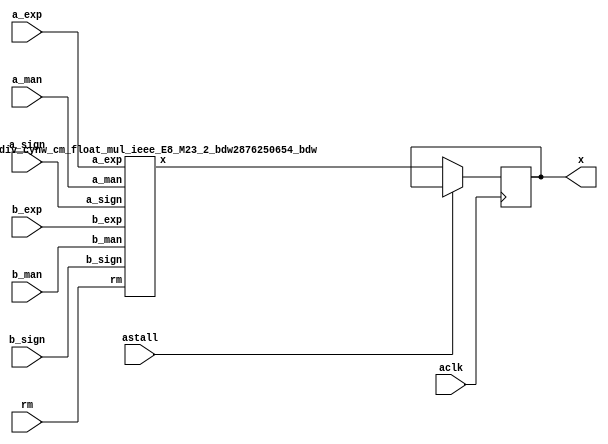
module float_div_cynw_cm_float_mul_ieee_E8_M23_3_0( a_sign, a_exp, a_man, b_sign, b_exp, b_man, rm, x, aclk, astall );
input a_sign;
input [7:0] a_exp;
input [22:0] a_man;
input b_sign;
input [7:0] b_exp;
input [22:0] b_man;
input [2:0] rm;
output [31:0] x;
wire[31:0] x_wire;
input aclk;
input astall;
float_div_cynw_cm_float_mul_ieee_E8_M23_2_bdw2876250654_bdw float_div_cynw_cm_float_mul_ieee_E8_M23_2_inst( .a_sign(a_sign), .a_exp(a_exp), .a_man(a_man), .b_sign(b_sign), .b_exp(b_exp), .b_man(b_man), .rm(rm), .x(x_wire));
reg [31:0] x_reg_0;
/* $A : movable_reg */
always @(posedge aclk) begin
    if ( !astall) x_reg_0 <= x_wire;
end
/* $A : movable_reg = reset */
assign x = x_reg_0;
endmodule
/*****************************************************************************
    Verilog Hierarchical RTL Description
    
    
    Created by: CellMath Designer 2019.1.01 
*******************************************************************************/

module float_div_cynw_cm_float_mul_ieee_E8_M23_2_bdw2876250654_bdw (
	a_sign,
	a_exp,
	a_man,
	b_sign,
	b_exp,
	b_man,
	rm,
	x
	); /* architecture "behavioural" */ 
input  a_sign;
input [7:0] a_exp;
input [22:0] a_man;
input  b_sign;
input [7:0] b_exp;
input [22:0] b_man;
input [2:0] rm;
output [31:0] x;
wire [31:0] inst_cellmath__3;
wire  inst_cellmath__4,
	inst_cellmath__5,
	inst_cellmath__6,
	inst_cellmath__7,
	inst_cellmath__8,
	inst_cellmath__10,
	inst_cellmath__12,
	inst_cellmath__13,
	inst_cellmath__14,
	inst_cellmath__15,
	inst_cellmath__17,
	inst_cellmath__19,
	inst_cellmath__20,
	inst_cellmath__21,
	inst_cellmath__22,
	inst_cellmath__23;
wire [47:0] inst_cellmath__24,
	inst_cellmath__25;
wire  inst_cellmath__26,
	inst_cellmath__27,
	inst_cellmath__28;
wire [9:0] inst_cellmath__30,
	inst_cellmath__31;
wire  inst_cellmath__32,
	inst_cellmath__34,
	inst_cellmath__38,
	inst_cellmath__41,
	inst_cellmath__42,
	inst_cellmath__44;
wire [24:0] inst_cellmath__45;
wire  inst_cellmath__46,
	inst_cellmath__47;
wire [9:0] inst_cellmath__48;
wire  inst_cellmath__49,
	inst_cellmath__51;
wire [7:0] inst_cellmath__52;
wire [22:0] inst_cellmath__53;
wire [23:0] inst_cellmath__24__4,
	inst_cellmath__24__5;
wire [47:0] inst_cellmath__25__7;
wire [0:0] inst_cellmath__26__8,
	inst_cellmath__26__9,
	inst_cellmath__32__11,
	inst_cellmath__44__29,
	inst_cellmath__44__28,
	inst_cellmath__44__30,
	inst_cellmath__44__31,
	inst_cellmath__44__27,
	inst_cellmath__44__26,
	inst_cellmath__44__33,
	inst_cellmath__44__32;
wire [8:0] inst_cellmath__37__40;
wire [0:0] inst_cellmath__37__42,
	inst_cellmath__37__43,
	inst_cellmath__51__49,
	inst_cellmath__51__48,
	inst_cellmath__50__50;
wire [2:0] inst_cellmath__26_0;
wire [1:0] inst_cellmath__5_0;
wire [2:0] inst_cellmath__49_0;
wire [4:0] inst_cellmath__49_1_0;
wire [2:0] inst_cellmath__49_1_1;

assign inst_cellmath__24__4 = {1'B1,a_man};
cynw_cm_float_mul_ieee_inst_cellmath__17_0_bdw2876250654_bdw inst_cellmath__17_0_0(
	.inst_cellmath__17_0_out0(inst_cellmath__17),
	.inst_cellmath__17_0_in0(b_exp)
	) ;
cynw_cm_float_mul_ieee_inst_cellmath__19__2__bdw2876250654_bdw inst_cellmath__19__2__0(
	.inst_cellmath__19__2__out0(inst_cellmath__19),
	.inst_cellmath__19__2__in0(b_man)
	) ;
cynw_cm_float_mul_ieee_inst_cellmath__21_0_bdw2876250654_bdw inst_cellmath__21_0_0(
	.inst_cellmath__21_0_out0(inst_cellmath__21),
	.inst_cellmath__21_0_in0(inst_cellmath__19),
	.inst_cellmath__21_0_in1(inst_cellmath__17)
	) ;
cynw_cm_float_mul_ieee_inst_cellmath__13__1__bdw2876250654_bdw inst_cellmath__13__1__0(
	.inst_cellmath__13__1__out0(inst_cellmath__13),
	.inst_cellmath__13__1__in0(a_exp)
	) ;
cynw_cm_float_mul_ieee_inst_cellmath__26__9__bdw2876250654_bdw inst_cellmath__26__9__0(
	.inst_cellmath__26__9__out0(inst_cellmath__26__9),
	.inst_cellmath__26__9__in0(inst_cellmath__21),
	.inst_cellmath__26__9__in1(inst_cellmath__13)
	) ;
cynw_cm_float_mul_ieee_inst_cellmath__10_0_bdw2876250654_bdw inst_cellmath__10_0_0(
	.inst_cellmath__10_0_out0(inst_cellmath__10),
	.inst_cellmath__10_0_in0(a_exp)
	) ;
cynw_cm_float_mul_ieee_inst_cellmath__12__0__bdw2876250654_bdw inst_cellmath__12__0__0(
	.inst_cellmath__12__0__out0(inst_cellmath__12),
	.inst_cellmath__12__0__in0(a_man)
	) ;
cynw_cm_float_mul_ieee_inst_cellmath__14_0_bdw2876250654_bdw inst_cellmath__14_0_0(
	.inst_cellmath__14_0_out0(inst_cellmath__14),
	.inst_cellmath__14_0_in0(inst_cellmath__12),
	.inst_cellmath__14_0_in1(inst_cellmath__10)
	) ;
cynw_cm_float_mul_ieee_inst_cellmath__20__3__bdw2876250654_bdw inst_cellmath__20__3__0(
	.inst_cellmath__20__3__out0(inst_cellmath__20),
	.inst_cellmath__20__3__in0(b_exp)
	) ;
cynw_cm_float_mul_ieee_inst_cellmath__26__8__bdw2876250654_bdw inst_cellmath__26__8__0(
	.inst_cellmath__26__8__out0(inst_cellmath__26__8),
	.inst_cellmath__26__8__in0(inst_cellmath__20),
	.inst_cellmath__26__8__in1(inst_cellmath__14)
	) ;
cynw_cm_float_mul_ieee_inst_cellmath__15_0_bdw2876250654_bdw inst_cellmath__15_0_0(
	.inst_cellmath__15_0_out0(inst_cellmath__15),
	.inst_cellmath__15_0_in0(inst_cellmath__12),
	.inst_cellmath__15_0_in1(inst_cellmath__10)
	) ;
cynw_cm_float_mul_ieee_inst_cellmath__22_0_bdw2876250654_bdw inst_cellmath__22_0_0(
	.inst_cellmath__22_0_out0(inst_cellmath__22),
	.inst_cellmath__22_0_in0(inst_cellmath__19),
	.inst_cellmath__22_0_in1(inst_cellmath__17)
	) ;
cynw_cm_float_mul_ieee_inst_cellmath__26_1_bdw2876250654_bdw inst_cellmath__26_1_0(
	.inst_cellmath__26_1_out0(inst_cellmath__26),
	.inst_cellmath__26_1_in0(inst_cellmath__26__9),
	.inst_cellmath__26_1_in1(inst_cellmath__26__8),
	.inst_cellmath__26_1_in2(inst_cellmath__22),
	.inst_cellmath__26_1_in3(inst_cellmath__15)
	) ;

assign inst_cellmath__26_0 = {inst_cellmath__26,inst_cellmath__15,inst_cellmath__22};
cynw_cm_float_mul_ieee_inst_cellmath__23_0_bdw2876250654_bdw inst_cellmath__23_0_0(
	.inst_cellmath__23_0_out0(inst_cellmath__23),
	.inst_cellmath__23_0_in0(b_sign),
	.inst_cellmath__23_0_in1(a_sign)
	) ;
cynw_cm_float_mul_ieee_inst_cellmath__41_0_bdw2876250654_bdw inst_cellmath__41_0_0(
	.inst_cellmath__41_0_out0(inst_cellmath__41),
	.inst_cellmath__41_0_in0(inst_cellmath__26),
	.inst_cellmath__41_0_in1(inst_cellmath__23),
	.inst_cellmath__41_0_in2(inst_cellmath__22),
	.inst_cellmath__41_0_in3(inst_cellmath__15),
	.inst_cellmath__41_0_in4(b_sign),
	.inst_cellmath__41_0_in5(a_sign)
	) ;

assign inst_cellmath__24__5 = {1'B1,b_man};
cynw_cm_float_mul_ieee_inst_cellmath__24_0_bdw2876250654_bdw inst_cellmath__24_0_0(
	.inst_cellmath__24_0_out0(inst_cellmath__24),
	.inst_cellmath__24_0_in0(b_man),
	.inst_cellmath__24_0_in1(a_man)
	) ;

assign inst_cellmath__25__7 = {inst_cellmath__24[46:0],1'B0};
cynw_cm_float_mul_ieee_inst_cellmath__25_0_bdw2876250654_bdw inst_cellmath__25_0_0(
	.inst_cellmath__25_0_out0(inst_cellmath__25),
	.inst_cellmath__25_0_in0(inst_cellmath__24)
	) ;
cynw_cm_float_mul_ieee_inst_cellmath__45_0_bdw2876250654_bdw inst_cellmath__45_0_0(
	.inst_cellmath__45_0_out0(inst_cellmath__45),
	.inst_cellmath__45_0_in0(inst_cellmath__25[47:24])
	) ;
cynw_cm_float_mul_ieee_inst_cellmath__5_1_bdw2876250654_bdw inst_cellmath__5_1_0(
	.inst_cellmath__5_1_out0(inst_cellmath__5),
	.inst_cellmath__5_1_in0(rm)
	) ;
cynw_cm_float_mul_ieee_inst_cellmath__44__31__bdw2876250654_bdw inst_cellmath__44__31__0(
	.inst_cellmath__44__31__out0(inst_cellmath__44__31),
	.inst_cellmath__44__31__in0(inst_cellmath__5),
	.inst_cellmath__44__31__in1(inst_cellmath__23)
	) ;
cynw_cm_float_mul_ieee_inst_cellmath__6_0_bdw2876250654_bdw inst_cellmath__6_0_0(
	.inst_cellmath__6_0_out0(inst_cellmath__6),
	.inst_cellmath__6_0_in0(rm)
	) ;
cynw_cm_float_mul_ieee_inst_cellmath__44__30__bdw2876250654_bdw inst_cellmath__44__30__0(
	.inst_cellmath__44__30__out0(inst_cellmath__44__30),
	.inst_cellmath__44__30__in0(inst_cellmath__6),
	.inst_cellmath__44__30__in1(inst_cellmath__23)
	) ;
cynw_cm_float_mul_ieee_inst_cellmath__8_0_bdw2876250654_bdw inst_cellmath__8_0_0(
	.inst_cellmath__8_0_out0(inst_cellmath__8),
	.inst_cellmath__8_0_in0(rm)
	) ;
cynw_cm_float_mul_ieee_inst_cellmath__4_0_bdw2876250654_bdw inst_cellmath__4_0_0(
	.inst_cellmath__4_0_out0(inst_cellmath__4),
	.inst_cellmath__4_0_in0(rm)
	) ;
cynw_cm_float_mul_ieee_inst_cellmath__34_0_bdw2876250654_bdw inst_cellmath__34_0_0(
	.inst_cellmath__34_0_out0(inst_cellmath__34),
	.inst_cellmath__34_0_in0(inst_cellmath__25[22:0])
	) ;
cynw_cm_float_mul_ieee_inst_cellmath__44__29__bdw2876250654_bdw inst_cellmath__44__29__0(
	.inst_cellmath__44__29__out0(inst_cellmath__44__29),
	.inst_cellmath__44__29__in0(inst_cellmath__34),
	.inst_cellmath__44__29__in1(inst_cellmath__25[24])
	) ;
cynw_cm_float_mul_ieee_inst_cellmath__44__28__bdw2876250654_bdw inst_cellmath__44__28__0(
	.inst_cellmath__44__28__out0(inst_cellmath__44__28),
	.inst_cellmath__44__28__in0(inst_cellmath__44__29),
	.inst_cellmath__44__28__in1(inst_cellmath__4)
	) ;
cynw_cm_float_mul_ieee_inst_cellmath__44__27__bdw2876250654_bdw inst_cellmath__44__27__0(
	.inst_cellmath__44__27__out0(inst_cellmath__44__27),
	.inst_cellmath__44__27__in0(inst_cellmath__8),
	.inst_cellmath__44__27__in1(inst_cellmath__44__31),
	.inst_cellmath__44__27__in2(inst_cellmath__44__30),
	.inst_cellmath__44__27__in3(inst_cellmath__44__28)
	) ;
cynw_cm_float_mul_ieee_inst_cellmath__44__26__bdw2876250654_bdw inst_cellmath__44__26__0(
	.inst_cellmath__44__26__out0(inst_cellmath__44__26),
	.inst_cellmath__44__26__in0(inst_cellmath__44__27),
	.inst_cellmath__44__26__in1(inst_cellmath__25[23])
	) ;
cynw_cm_float_mul_ieee_inst_cellmath__44__33__bdw2876250654_bdw inst_cellmath__44__33__0(
	.inst_cellmath__44__33__out0(inst_cellmath__44__33),
	.inst_cellmath__44__33__in0(inst_cellmath__44__31),
	.inst_cellmath__44__33__in1(inst_cellmath__44__30)
	) ;
cynw_cm_float_mul_ieee_inst_cellmath__44__32__bdw2876250654_bdw inst_cellmath__44__32__0(
	.inst_cellmath__44__32__out0(inst_cellmath__44__32),
	.inst_cellmath__44__32__in0(inst_cellmath__44__33),
	.inst_cellmath__44__32__in1(inst_cellmath__34)
	) ;
cynw_cm_float_mul_ieee_inst_cellmath__44_0_bdw2876250654_bdw inst_cellmath__44_0_0(
	.inst_cellmath__44_0_out0(inst_cellmath__44),
	.inst_cellmath__44_0_in0(inst_cellmath__44__32),
	.inst_cellmath__44_0_in1(inst_cellmath__44__26)
	) ;
cynw_cm_float_mul_ieee_inst_cellmath__46_0_bdw2876250654_bdw inst_cellmath__46_0_0(
	.inst_cellmath__46_0_out0(inst_cellmath__46),
	.inst_cellmath__46_0_in0(inst_cellmath__45[24]),
	.inst_cellmath__46_0_in1(inst_cellmath__44)
	) ;
cynw_cm_float_mul_ieee_inst_cellmath__38_0_bdw2876250654_bdw inst_cellmath__38_0_0(
	.inst_cellmath__38_0_out0(inst_cellmath__38),
	.inst_cellmath__38_0_in0(inst_cellmath__46),
	.inst_cellmath__38_0_in1(inst_cellmath__24[47])
	) ;
cynw_cm_float_mul_ieee_inst_cellmath__30_0_bdw2876250654_bdw inst_cellmath__30_0_0(
	.inst_cellmath__30_0_out0(inst_cellmath__30),
	.inst_cellmath__30_0_in0(b_exp),
	.inst_cellmath__30_0_in1(a_exp)
	) ;
cynw_cm_float_mul_ieee_inst_cellmath__31_0_bdw2876250654_bdw inst_cellmath__31_0_0(
	.inst_cellmath__31_0_out0(inst_cellmath__31),
	.inst_cellmath__31_0_in0(inst_cellmath__30)
	) ;
cynw_cm_float_mul_ieee_inst_cellmath__48_0_bdw2876250654_bdw inst_cellmath__48_0_0(
	.inst_cellmath__48_0_out0(inst_cellmath__48),
	.inst_cellmath__48_0_in0(inst_cellmath__38),
	.inst_cellmath__48_0_in1(inst_cellmath__31),
	.inst_cellmath__48_0_in2(inst_cellmath__30)
	) ;
cynw_cm_float_mul_ieee_inst_cellmath__51__49__bdw2876250654_bdw inst_cellmath__51__49__0(
	.inst_cellmath__51__49__out0(inst_cellmath__51__49),
	.inst_cellmath__51__49__in0(inst_cellmath__48[7:0])
	) ;
cynw_cm_float_mul_ieee_inst_cellmath__51__48__bdw2876250654_bdw inst_cellmath__51__48__0(
	.inst_cellmath__51__48__out0(inst_cellmath__51__48),
	.inst_cellmath__51__48__in0(inst_cellmath__51__49),
	.inst_cellmath__51__48__in1(inst_cellmath__48[8])
	) ;
cynw_cm_float_mul_ieee_inst_cellmath__51_0_bdw2876250654_bdw inst_cellmath__51_0_0(
	.inst_cellmath__51_0_out0(inst_cellmath__51),
	.inst_cellmath__51_0_in0(inst_cellmath__51__48),
	.inst_cellmath__51_0_in1(inst_cellmath__48[9])
	) ;
cynw_cm_float_mul_ieee_inst_cellmath__28_0_bdw2876250654_bdw inst_cellmath__28_0_0(
	.inst_cellmath__28_0_out0(inst_cellmath__28),
	.inst_cellmath__28_0_in0(inst_cellmath__20),
	.inst_cellmath__28_0_in1(inst_cellmath__13)
	) ;
cynw_cm_float_mul_ieee_inst_cellmath__27_0_bdw2876250654_bdw inst_cellmath__27_0_0(
	.inst_cellmath__27_0_out0(inst_cellmath__27),
	.inst_cellmath__27_0_in0(inst_cellmath__21),
	.inst_cellmath__27_0_in1(inst_cellmath__14)
	) ;
cynw_cm_float_mul_ieee_inst_cellmath__50__50__bdw2876250654_bdw inst_cellmath__50__50__0(
	.inst_cellmath__50__50__out0(inst_cellmath__50__50),
	.inst_cellmath__50__50__in0(inst_cellmath__48)
	) ;
cynw_cm_float_mul_ieee_inst_cellmath__49_1_bdw2876250654_bdw inst_cellmath__49_1_2(
	.inst_cellmath__49_1_out0(inst_cellmath__49),
	.inst_cellmath__49_1_in0(inst_cellmath__51),
	.inst_cellmath__49_1_in1(inst_cellmath__50__50),
	.inst_cellmath__49_1_in2(inst_cellmath__48[9]),
	.inst_cellmath__49_1_in3(inst_cellmath__28),
	.inst_cellmath__49_1_in4(inst_cellmath__27),
	.inst_cellmath__49_1_in5(inst_cellmath__26)
	) ;
cynw_cm_float_mul_ieee_inst_cellmath__37__43__bdw2876250654_bdw inst_cellmath__37__43__0(
	.inst_cellmath__37__43__out0(inst_cellmath__37__43),
	.inst_cellmath__37__43__in0(inst_cellmath__27),
	.inst_cellmath__37__43__in1(inst_cellmath__26)
	) ;
cynw_cm_float_mul_ieee_inst_cellmath__32__11__bdw2876250654_bdw inst_cellmath__32__11__0(
	.inst_cellmath__32__11__out0(inst_cellmath__32__11),
	.inst_cellmath__32__11__in0(inst_cellmath__30[8:7])
	) ;
cynw_cm_float_mul_ieee_inst_cellmath__32__10__bdw2876250654_bdw inst_cellmath__32__10__0(
	.inst_cellmath__32__10__out0(inst_cellmath__32),
	.inst_cellmath__32__10__in0(inst_cellmath__32__11),
	.inst_cellmath__32__10__in1(inst_cellmath__30[9])
	) ;
cynw_cm_float_mul_ieee_inst_cellmath__37__42__bdw2876250654_bdw inst_cellmath__37__42__0(
	.inst_cellmath__37__42__out0(inst_cellmath__37__42),
	.inst_cellmath__37__42__in0(inst_cellmath__32),
	.inst_cellmath__37__42__in1(inst_cellmath__28)
	) ;

assign inst_cellmath__49_0 = {inst_cellmath__49,inst_cellmath__37__43,inst_cellmath__37__42};

assign inst_cellmath__5_0 = {inst_cellmath__5,inst_cellmath__6};
cynw_cm_float_mul_ieee_inst_cellmath__7_0_bdw2876250654_bdw inst_cellmath__7_0_0(
	.inst_cellmath__7_0_out0(inst_cellmath__7),
	.inst_cellmath__7_0_in0(rm)
	) ;
cynw_cm_float_mul_ieee_inst_cellmath__42_0_bdw2876250654_bdw inst_cellmath__42_0_0(
	.inst_cellmath__42_0_out0(inst_cellmath__42),
	.inst_cellmath__42_0_in0(inst_cellmath__7),
	.inst_cellmath__42_0_in1(inst_cellmath__6),
	.inst_cellmath__42_0_in2(inst_cellmath__5),
	.inst_cellmath__42_0_in3(inst_cellmath__23)
	) ;

assign inst_cellmath__37__40[7:0] = {7'B1111111,inst_cellmath__42};
cynw_cm_float_mul_ieee_inst_cellmath__52_0_bdw2876250654_bdw inst_cellmath__52_0_0(
	.inst_cellmath__52_0_out0(inst_cellmath__52),
	.inst_cellmath__52_0_in0(inst_cellmath__49),
	.inst_cellmath__52_0_in1(inst_cellmath__48[7:0]),
	.inst_cellmath__52_0_in2(inst_cellmath__42),
	.inst_cellmath__52_0_in3(inst_cellmath__37__43),
	.inst_cellmath__52_0_in4(inst_cellmath__37__42)
	) ;

assign inst_cellmath__49_1_1 = {inst_cellmath__49,inst_cellmath__44,inst_cellmath__26};
cynw_cm_float_mul_ieee_inst_cellmath__47_0_bdw2876250654_bdw inst_cellmath__47_0_0(
	.inst_cellmath__47_0_out0(inst_cellmath__47),
	.inst_cellmath__47_0_in0(inst_cellmath__42),
	.inst_cellmath__47_0_in1(inst_cellmath__32),
	.inst_cellmath__47_0_in2(inst_cellmath__28),
	.inst_cellmath__47_0_in3(inst_cellmath__27),
	.inst_cellmath__47_0_in4(inst_cellmath__26)
	) ;
cynw_cm_float_mul_ieee_inst_cellmath__53_U_bdw2876250654_bdw inst_cellmath__53_U_0(
	.inst_cellmath__53_U_out0(inst_cellmath__53[22]),
	.inst_cellmath__53_U_in0(inst_cellmath__49),
	.inst_cellmath__53_U_in1(inst_cellmath__47),
	.inst_cellmath__53_U_in2(inst_cellmath__45[22]),
	.inst_cellmath__53_U_in3(inst_cellmath__44),
	.inst_cellmath__53_U_in4(inst_cellmath__26),
	.inst_cellmath__53_U_in5(inst_cellmath__25[46])
	) ;

assign inst_cellmath__49_1_0 = {inst_cellmath__49,inst_cellmath__44,inst_cellmath__26,inst_cellmath__15,inst_cellmath__22};
cynw_cm_float_mul_ieee_inst_cellmath__53_M_bdw2876250654_bdw inst_cellmath__53_M_0(
	.inst_cellmath__53_M_out0(inst_cellmath__53[21:0]),
	.inst_cellmath__53_M_in0(inst_cellmath__49),
	.inst_cellmath__53_M_in1(inst_cellmath__47),
	.inst_cellmath__53_M_in2(inst_cellmath__45[21:0]),
	.inst_cellmath__53_M_in3(inst_cellmath__44),
	.inst_cellmath__53_M_in4(inst_cellmath__26),
	.inst_cellmath__53_M_in5(inst_cellmath__25[45:24]),
	.inst_cellmath__53_M_in6(inst_cellmath__22),
	.inst_cellmath__53_M_in7(inst_cellmath__15),
	.inst_cellmath__53_M_in8(b_man[21:0]),
	.inst_cellmath__53_M_in9(a_man[21:0])
	) ;

assign inst_cellmath__3 = {inst_cellmath__41,inst_cellmath__52,inst_cellmath__53};

assign x = inst_cellmath__3;
endmodule

module cynw_cm_float_mul_ieee_inst_cellmath__17_0_bdw2876250654_bdw (
	inst_cellmath__17_0_out0,
	inst_cellmath__17_0_in0
	); /* architecture "behavioural" */ 
output  inst_cellmath__17_0_out0;
input [7:0] inst_cellmath__17_0_in0;

assign inst_cellmath__17_0_out0 = 
	(inst_cellmath__17_0_in0[0])
	&(inst_cellmath__17_0_in0[1])
	&(inst_cellmath__17_0_in0[2])
	&(inst_cellmath__17_0_in0[3])
	&(inst_cellmath__17_0_in0[4])
	&(inst_cellmath__17_0_in0[5])
	&(inst_cellmath__17_0_in0[6])
	&(inst_cellmath__17_0_in0[7]);
endmodule

module cynw_cm_float_mul_ieee_inst_cellmath__19__2__bdw2876250654_bdw (
	inst_cellmath__19__2__out0,
	inst_cellmath__19__2__in0
	); /* architecture "behavioural" */ 
output  inst_cellmath__19__2__out0;
input [22:0] inst_cellmath__19__2__in0;

assign inst_cellmath__19__2__out0 = ~(
	(inst_cellmath__19__2__in0[0])
	|(inst_cellmath__19__2__in0[1])
	|(inst_cellmath__19__2__in0[2])
	|(inst_cellmath__19__2__in0[3])
	|(inst_cellmath__19__2__in0[4])
	|(inst_cellmath__19__2__in0[5])
	|(inst_cellmath__19__2__in0[6])
	|(inst_cellmath__19__2__in0[7])
	|(inst_cellmath__19__2__in0[8])
	|(inst_cellmath__19__2__in0[9])
	|(inst_cellmath__19__2__in0[10])
	|(inst_cellmath__19__2__in0[11])
	|(inst_cellmath__19__2__in0[12])
	|(inst_cellmath__19__2__in0[13])
	|(inst_cellmath__19__2__in0[14])
	|(inst_cellmath__19__2__in0[15])
	|(inst_cellmath__19__2__in0[16])
	|(inst_cellmath__19__2__in0[17])
	|(inst_cellmath__19__2__in0[18])
	|(inst_cellmath__19__2__in0[19])
	|(inst_cellmath__19__2__in0[20])
	|(inst_cellmath__19__2__in0[21])
	|(inst_cellmath__19__2__in0[22]));
endmodule

module cynw_cm_float_mul_ieee_inst_cellmath__21_0_bdw2876250654_bdw (
	inst_cellmath__21_0_out0,
	inst_cellmath__21_0_in0,
	inst_cellmath__21_0_in1
	); /* architecture "behavioural" */ 
output  inst_cellmath__21_0_out0;
input  inst_cellmath__21_0_in0,
	inst_cellmath__21_0_in1;

assign inst_cellmath__21_0_out0 = 
	(inst_cellmath__21_0_in1)
	&(inst_cellmath__21_0_in0);
endmodule

module cynw_cm_float_mul_ieee_inst_cellmath__13__1__bdw2876250654_bdw (
	inst_cellmath__13__1__out0,
	inst_cellmath__13__1__in0
	); /* architecture "behavioural" */ 
output  inst_cellmath__13__1__out0;
input [7:0] inst_cellmath__13__1__in0;

assign inst_cellmath__13__1__out0 = ~(
	(inst_cellmath__13__1__in0[0])
	|(inst_cellmath__13__1__in0[1])
	|(inst_cellmath__13__1__in0[2])
	|(inst_cellmath__13__1__in0[3])
	|(inst_cellmath__13__1__in0[4])
	|(inst_cellmath__13__1__in0[5])
	|(inst_cellmath__13__1__in0[6])
	|(inst_cellmath__13__1__in0[7]));
endmodule

module cynw_cm_float_mul_ieee_inst_cellmath__26__9__bdw2876250654_bdw (
	inst_cellmath__26__9__out0,
	inst_cellmath__26__9__in0,
	inst_cellmath__26__9__in1
	); /* architecture "behavioural" */ 
output [0:0] inst_cellmath__26__9__out0;
input  inst_cellmath__26__9__in0,
	inst_cellmath__26__9__in1;

assign inst_cellmath__26__9__out0 = 
	(inst_cellmath__26__9__in0)
	&(inst_cellmath__26__9__in1);
endmodule

module cynw_cm_float_mul_ieee_inst_cellmath__10_0_bdw2876250654_bdw (
	inst_cellmath__10_0_out0,
	inst_cellmath__10_0_in0
	); /* architecture "behavioural" */ 
output  inst_cellmath__10_0_out0;
input [7:0] inst_cellmath__10_0_in0;

assign inst_cellmath__10_0_out0 = 
	(inst_cellmath__10_0_in0[0])
	&(inst_cellmath__10_0_in0[1])
	&(inst_cellmath__10_0_in0[2])
	&(inst_cellmath__10_0_in0[3])
	&(inst_cellmath__10_0_in0[4])
	&(inst_cellmath__10_0_in0[5])
	&(inst_cellmath__10_0_in0[6])
	&(inst_cellmath__10_0_in0[7]);
endmodule

module cynw_cm_float_mul_ieee_inst_cellmath__12__0__bdw2876250654_bdw (
	inst_cellmath__12__0__out0,
	inst_cellmath__12__0__in0
	); /* architecture "behavioural" */ 
output  inst_cellmath__12__0__out0;
input [22:0] inst_cellmath__12__0__in0;

assign inst_cellmath__12__0__out0 = ~(
	(inst_cellmath__12__0__in0[0])
	|(inst_cellmath__12__0__in0[1])
	|(inst_cellmath__12__0__in0[2])
	|(inst_cellmath__12__0__in0[3])
	|(inst_cellmath__12__0__in0[4])
	|(inst_cellmath__12__0__in0[5])
	|(inst_cellmath__12__0__in0[6])
	|(inst_cellmath__12__0__in0[7])
	|(inst_cellmath__12__0__in0[8])
	|(inst_cellmath__12__0__in0[9])
	|(inst_cellmath__12__0__in0[10])
	|(inst_cellmath__12__0__in0[11])
	|(inst_cellmath__12__0__in0[12])
	|(inst_cellmath__12__0__in0[13])
	|(inst_cellmath__12__0__in0[14])
	|(inst_cellmath__12__0__in0[15])
	|(inst_cellmath__12__0__in0[16])
	|(inst_cellmath__12__0__in0[17])
	|(inst_cellmath__12__0__in0[18])
	|(inst_cellmath__12__0__in0[19])
	|(inst_cellmath__12__0__in0[20])
	|(inst_cellmath__12__0__in0[21])
	|(inst_cellmath__12__0__in0[22]));
endmodule

module cynw_cm_float_mul_ieee_inst_cellmath__14_0_bdw2876250654_bdw (
	inst_cellmath__14_0_out0,
	inst_cellmath__14_0_in0,
	inst_cellmath__14_0_in1
	); /* architecture "behavioural" */ 
output  inst_cellmath__14_0_out0;
input  inst_cellmath__14_0_in0,
	inst_cellmath__14_0_in1;

assign inst_cellmath__14_0_out0 = 
	(inst_cellmath__14_0_in1)
	&(inst_cellmath__14_0_in0);
endmodule

module cynw_cm_float_mul_ieee_inst_cellmath__20__3__bdw2876250654_bdw (
	inst_cellmath__20__3__out0,
	inst_cellmath__20__3__in0
	); /* architecture "behavioural" */ 
output  inst_cellmath__20__3__out0;
input [7:0] inst_cellmath__20__3__in0;

assign inst_cellmath__20__3__out0 = ~(
	(inst_cellmath__20__3__in0[0])
	|(inst_cellmath__20__3__in0[1])
	|(inst_cellmath__20__3__in0[2])
	|(inst_cellmath__20__3__in0[3])
	|(inst_cellmath__20__3__in0[4])
	|(inst_cellmath__20__3__in0[5])
	|(inst_cellmath__20__3__in0[6])
	|(inst_cellmath__20__3__in0[7]));
endmodule

module cynw_cm_float_mul_ieee_inst_cellmath__26__8__bdw2876250654_bdw (
	inst_cellmath__26__8__out0,
	inst_cellmath__26__8__in0,
	inst_cellmath__26__8__in1
	); /* architecture "behavioural" */ 
output [0:0] inst_cellmath__26__8__out0;
input  inst_cellmath__26__8__in0,
	inst_cellmath__26__8__in1;

assign inst_cellmath__26__8__out0 = 
	(inst_cellmath__26__8__in1)
	&(inst_cellmath__26__8__in0);
endmodule

module cynw_cm_float_mul_ieee_inst_cellmath__15_0_bdw2876250654_bdw (
	inst_cellmath__15_0_out0,
	inst_cellmath__15_0_in0,
	inst_cellmath__15_0_in1
	); /* architecture "behavioural" */ 
output  inst_cellmath__15_0_out0;
input  inst_cellmath__15_0_in0,
	inst_cellmath__15_0_in1;

assign inst_cellmath__15_0_out0 = 
	(inst_cellmath__15_0_in1)
	&((~inst_cellmath__15_0_in0));
endmodule

module cynw_cm_float_mul_ieee_inst_cellmath__22_0_bdw2876250654_bdw (
	inst_cellmath__22_0_out0,
	inst_cellmath__22_0_in0,
	inst_cellmath__22_0_in1
	); /* architecture "behavioural" */ 
output  inst_cellmath__22_0_out0;
input  inst_cellmath__22_0_in0,
	inst_cellmath__22_0_in1;

assign inst_cellmath__22_0_out0 = 
	(inst_cellmath__22_0_in1)
	&((~inst_cellmath__22_0_in0));
endmodule

module cynw_cm_float_mul_ieee_inst_cellmath__26_1_bdw2876250654_bdw (
	inst_cellmath__26_1_out0,
	inst_cellmath__26_1_in0,
	inst_cellmath__26_1_in1,
	inst_cellmath__26_1_in2,
	inst_cellmath__26_1_in3
	); /* architecture "behavioural" */ 
output  inst_cellmath__26_1_out0;
input [0:0] inst_cellmath__26_1_in0,
	inst_cellmath__26_1_in1;
input  inst_cellmath__26_1_in2,
	inst_cellmath__26_1_in3;

assign inst_cellmath__26_1_out0 = 
	(inst_cellmath__26_1_in0)
	|(inst_cellmath__26_1_in1)
	|(inst_cellmath__26_1_in3)
	|(inst_cellmath__26_1_in2);
endmodule

module cynw_cm_float_mul_ieee_inst_cellmath__23_0_bdw2876250654_bdw (
	inst_cellmath__23_0_out0,
	inst_cellmath__23_0_in0,
	inst_cellmath__23_0_in1
	); /* architecture "behavioural" */ 
output  inst_cellmath__23_0_out0;
input  inst_cellmath__23_0_in0,
	inst_cellmath__23_0_in1;

assign inst_cellmath__23_0_out0 = 
	(inst_cellmath__23_0_in1)
	^(inst_cellmath__23_0_in0);
endmodule

module cynw_cm_float_mul_ieee_inst_cellmath__41_0_bdw2876250654_bdw (
	inst_cellmath__41_0_out0,
	inst_cellmath__41_0_in0,
	inst_cellmath__41_0_in1,
	inst_cellmath__41_0_in2,
	inst_cellmath__41_0_in3,
	inst_cellmath__41_0_in4,
	inst_cellmath__41_0_in5
	); /* architecture "behavioural" */ 
output  inst_cellmath__41_0_out0;
input  inst_cellmath__41_0_in0,
	inst_cellmath__41_0_in1,
	inst_cellmath__41_0_in2,
	inst_cellmath__41_0_in3,
	inst_cellmath__41_0_in4,
	inst_cellmath__41_0_in5;
wire [2:0] inst_cellmath__26_0;

assign inst_cellmath__26_0 = {inst_cellmath__41_0_in0,inst_cellmath__41_0_in3,inst_cellmath__41_0_in2};

reg [0:0] inst_cellmath__41_0_out0_tmp_0;
assign inst_cellmath__41_0_out0 = inst_cellmath__41_0_out0_tmp_0;
always @ (inst_cellmath__26_0 or inst_cellmath__41_0_in1 or inst_cellmath__41_0_in4 or inst_cellmath__41_0_in5) begin
	casez (inst_cellmath__26_0)
		3'B0?? : inst_cellmath__41_0_out0_tmp_0 = inst_cellmath__41_0_in1 ;
		3'B100 : inst_cellmath__41_0_out0_tmp_0 = 1'B1 ;
		3'B101 : inst_cellmath__41_0_out0_tmp_0 = inst_cellmath__41_0_in4 ;
		default : inst_cellmath__41_0_out0_tmp_0 = inst_cellmath__41_0_in5 ;
	endcase
end
endmodule

module cynw_cm_float_mul_ieee_inst_cellmath__24_0_bdw2876250654_bdw (
	inst_cellmath__24_0_out0,
	inst_cellmath__24_0_in0,
	inst_cellmath__24_0_in1
	); /* architecture "behavioural" */ 
output [47:0] inst_cellmath__24_0_out0;
input [22:0] inst_cellmath__24_0_in0,
	inst_cellmath__24_0_in1;
wire [23:0] inst_cellmath__24__4,
	inst_cellmath__24__5;

assign inst_cellmath__24__4 = {1'B1,inst_cellmath__24_0_in1};

assign inst_cellmath__24__5 = {1'B1,inst_cellmath__24_0_in0};

assign inst_cellmath__24_0_out0 = 
	+(inst_cellmath__24__4 * inst_cellmath__24__5);
endmodule

module cynw_cm_float_mul_ieee_inst_cellmath__25_0_bdw2876250654_bdw (
	inst_cellmath__25_0_out0,
	inst_cellmath__25_0_in0
	); /* architecture "behavioural" */ 
output [47:0] inst_cellmath__25_0_out0;
input [47:0] inst_cellmath__25_0_in0;
wire [47:0] inst_cellmath__25__7;

assign inst_cellmath__25__7 = {inst_cellmath__25_0_in0[46:0],1'B0};

reg [47:0] inst_cellmath__25_0_out0_tmp_0;
assign inst_cellmath__25_0_out0 = inst_cellmath__25_0_out0_tmp_0;
always @ (inst_cellmath__25_0_in0[47] or inst_cellmath__25__7 or inst_cellmath__25_0_in0) begin
	case (inst_cellmath__25_0_in0[47])
		1'B0 : inst_cellmath__25_0_out0_tmp_0 = inst_cellmath__25__7 ;
		default : inst_cellmath__25_0_out0_tmp_0 = inst_cellmath__25_0_in0 ;
	endcase
end
endmodule

module cynw_cm_float_mul_ieee_inst_cellmath__45_0_bdw2876250654_bdw (
	inst_cellmath__45_0_out0,
	inst_cellmath__45_0_in0
	); /* architecture "behavioural" */ 
output [24:0] inst_cellmath__45_0_out0;
input [47:24] inst_cellmath__45_0_in0;

assign inst_cellmath__45_0_out0 = 
	+(inst_cellmath__45_0_in0)
	+(25'B0000000000000000000000001);
endmodule

module cynw_cm_float_mul_ieee_inst_cellmath__5_1_bdw2876250654_bdw (
	inst_cellmath__5_1_out0,
	inst_cellmath__5_1_in0
	); /* architecture "behavioural" */ 
output  inst_cellmath__5_1_out0;
input [2:0] inst_cellmath__5_1_in0;

assign inst_cellmath__5_1_out0 = (6'B000000==(inst_cellmath__5_1_in0 - 6'B000001));
endmodule

module cynw_cm_float_mul_ieee_inst_cellmath__44__31__bdw2876250654_bdw (
	inst_cellmath__44__31__out0,
	inst_cellmath__44__31__in0,
	inst_cellmath__44__31__in1
	); /* architecture "behavioural" */ 
output [0:0] inst_cellmath__44__31__out0;
input  inst_cellmath__44__31__in0,
	inst_cellmath__44__31__in1;

assign inst_cellmath__44__31__out0 = 
	(inst_cellmath__44__31__in0)
	&((~inst_cellmath__44__31__in1));
endmodule

module cynw_cm_float_mul_ieee_inst_cellmath__6_0_bdw2876250654_bdw (
	inst_cellmath__6_0_out0,
	inst_cellmath__6_0_in0
	); /* architecture "behavioural" */ 
output  inst_cellmath__6_0_out0;
input [2:0] inst_cellmath__6_0_in0;

assign inst_cellmath__6_0_out0 = (7'B0000001==(inst_cellmath__6_0_in0 - 7'B0000001));
endmodule

module cynw_cm_float_mul_ieee_inst_cellmath__44__30__bdw2876250654_bdw (
	inst_cellmath__44__30__out0,
	inst_cellmath__44__30__in0,
	inst_cellmath__44__30__in1
	); /* architecture "behavioural" */ 
output [0:0] inst_cellmath__44__30__out0;
input  inst_cellmath__44__30__in0,
	inst_cellmath__44__30__in1;

assign inst_cellmath__44__30__out0 = 
	(inst_cellmath__44__30__in0)
	&(inst_cellmath__44__30__in1);
endmodule

module cynw_cm_float_mul_ieee_inst_cellmath__8_0_bdw2876250654_bdw (
	inst_cellmath__8_0_out0,
	inst_cellmath__8_0_in0
	); /* architecture "behavioural" */ 
output  inst_cellmath__8_0_out0;
input [2:0] inst_cellmath__8_0_in0;

assign inst_cellmath__8_0_out0 = (7'B0000011==(inst_cellmath__8_0_in0 - 7'B0000001));
endmodule

module cynw_cm_float_mul_ieee_inst_cellmath__4_0_bdw2876250654_bdw (
	inst_cellmath__4_0_out0,
	inst_cellmath__4_0_in0
	); /* architecture "behavioural" */ 
output  inst_cellmath__4_0_out0;
input [2:0] inst_cellmath__4_0_in0;

assign inst_cellmath__4_0_out0 = (7'B0000000==inst_cellmath__4_0_in0);
endmodule

module cynw_cm_float_mul_ieee_inst_cellmath__34_0_bdw2876250654_bdw (
	inst_cellmath__34_0_out0,
	inst_cellmath__34_0_in0
	); /* architecture "behavioural" */ 
output  inst_cellmath__34_0_out0;
input [22:0] inst_cellmath__34_0_in0;

assign inst_cellmath__34_0_out0 = 
	(inst_cellmath__34_0_in0[0])
	|(inst_cellmath__34_0_in0[1])
	|(inst_cellmath__34_0_in0[2])
	|(inst_cellmath__34_0_in0[3])
	|(inst_cellmath__34_0_in0[4])
	|(inst_cellmath__34_0_in0[5])
	|(inst_cellmath__34_0_in0[6])
	|(inst_cellmath__34_0_in0[7])
	|(inst_cellmath__34_0_in0[8])
	|(inst_cellmath__34_0_in0[9])
	|(inst_cellmath__34_0_in0[10])
	|(inst_cellmath__34_0_in0[11])
	|(inst_cellmath__34_0_in0[12])
	|(inst_cellmath__34_0_in0[13])
	|(inst_cellmath__34_0_in0[14])
	|(inst_cellmath__34_0_in0[15])
	|(inst_cellmath__34_0_in0[16])
	|(inst_cellmath__34_0_in0[17])
	|(inst_cellmath__34_0_in0[18])
	|(inst_cellmath__34_0_in0[19])
	|(inst_cellmath__34_0_in0[20])
	|(inst_cellmath__34_0_in0[21])
	|(inst_cellmath__34_0_in0[22]);
endmodule

module cynw_cm_float_mul_ieee_inst_cellmath__44__29__bdw2876250654_bdw (
	inst_cellmath__44__29__out0,
	inst_cellmath__44__29__in0,
	inst_cellmath__44__29__in1
	); /* architecture "behavioural" */ 
output [0:0] inst_cellmath__44__29__out0;
input  inst_cellmath__44__29__in0;
input [24:24] inst_cellmath__44__29__in1;

assign inst_cellmath__44__29__out0 = 
	(inst_cellmath__44__29__in0)
	|(inst_cellmath__44__29__in1);
endmodule

module cynw_cm_float_mul_ieee_inst_cellmath__44__28__bdw2876250654_bdw (
	inst_cellmath__44__28__out0,
	inst_cellmath__44__28__in0,
	inst_cellmath__44__28__in1
	); /* architecture "behavioural" */ 
output [0:0] inst_cellmath__44__28__out0;
input [0:0] inst_cellmath__44__28__in0;
input  inst_cellmath__44__28__in1;

assign inst_cellmath__44__28__out0 = 
	(inst_cellmath__44__28__in1)
	&(inst_cellmath__44__28__in0);
endmodule

module cynw_cm_float_mul_ieee_inst_cellmath__44__27__bdw2876250654_bdw (
	inst_cellmath__44__27__out0,
	inst_cellmath__44__27__in0,
	inst_cellmath__44__27__in1,
	inst_cellmath__44__27__in2,
	inst_cellmath__44__27__in3
	); /* architecture "behavioural" */ 
output [0:0] inst_cellmath__44__27__out0;
input  inst_cellmath__44__27__in0;
input [0:0] inst_cellmath__44__27__in1,
	inst_cellmath__44__27__in2,
	inst_cellmath__44__27__in3;

assign inst_cellmath__44__27__out0 = 
	(inst_cellmath__44__27__in1)
	|(inst_cellmath__44__27__in2)
	|(inst_cellmath__44__27__in0)
	|(inst_cellmath__44__27__in3);
endmodule

module cynw_cm_float_mul_ieee_inst_cellmath__44__26__bdw2876250654_bdw (
	inst_cellmath__44__26__out0,
	inst_cellmath__44__26__in0,
	inst_cellmath__44__26__in1
	); /* architecture "behavioural" */ 
output [0:0] inst_cellmath__44__26__out0;
input [0:0] inst_cellmath__44__26__in0;
input [23:23] inst_cellmath__44__26__in1;

assign inst_cellmath__44__26__out0 = 
	(inst_cellmath__44__26__in1)
	&(inst_cellmath__44__26__in0);
endmodule

module cynw_cm_float_mul_ieee_inst_cellmath__44__33__bdw2876250654_bdw (
	inst_cellmath__44__33__out0,
	inst_cellmath__44__33__in0,
	inst_cellmath__44__33__in1
	); /* architecture "behavioural" */ 
output [0:0] inst_cellmath__44__33__out0;
input [0:0] inst_cellmath__44__33__in0,
	inst_cellmath__44__33__in1;

assign inst_cellmath__44__33__out0 = 
	(inst_cellmath__44__33__in1)
	|(inst_cellmath__44__33__in0);
endmodule

module cynw_cm_float_mul_ieee_inst_cellmath__44__32__bdw2876250654_bdw (
	inst_cellmath__44__32__out0,
	inst_cellmath__44__32__in0,
	inst_cellmath__44__32__in1
	); /* architecture "behavioural" */ 
output [0:0] inst_cellmath__44__32__out0;
input [0:0] inst_cellmath__44__32__in0;
input  inst_cellmath__44__32__in1;

assign inst_cellmath__44__32__out0 = 
	(inst_cellmath__44__32__in1)
	&(inst_cellmath__44__32__in0);
endmodule

module cynw_cm_float_mul_ieee_inst_cellmath__44_0_bdw2876250654_bdw (
	inst_cellmath__44_0_out0,
	inst_cellmath__44_0_in0,
	inst_cellmath__44_0_in1
	); /* architecture "behavioural" */ 
output  inst_cellmath__44_0_out0;
input [0:0] inst_cellmath__44_0_in0,
	inst_cellmath__44_0_in1;

assign inst_cellmath__44_0_out0 = 
	(inst_cellmath__44_0_in1)
	|(inst_cellmath__44_0_in0);
endmodule

module cynw_cm_float_mul_ieee_inst_cellmath__46_0_bdw2876250654_bdw (
	inst_cellmath__46_0_out0,
	inst_cellmath__46_0_in0,
	inst_cellmath__46_0_in1
	); /* architecture "behavioural" */ 
output  inst_cellmath__46_0_out0;
input [24:24] inst_cellmath__46_0_in0;
input  inst_cellmath__46_0_in1;

assign inst_cellmath__46_0_out0 = 
	(inst_cellmath__46_0_in0)
	&(inst_cellmath__46_0_in1);
endmodule

module cynw_cm_float_mul_ieee_inst_cellmath__38_0_bdw2876250654_bdw (
	inst_cellmath__38_0_out0,
	inst_cellmath__38_0_in0,
	inst_cellmath__38_0_in1
	); /* architecture "behavioural" */ 
output  inst_cellmath__38_0_out0;
input  inst_cellmath__38_0_in0;
input [47:47] inst_cellmath__38_0_in1;

assign inst_cellmath__38_0_out0 = 
	(inst_cellmath__38_0_in1)
	|(inst_cellmath__38_0_in0);
endmodule

module cynw_cm_float_mul_ieee_inst_cellmath__30_0_bdw2876250654_bdw (
	inst_cellmath__30_0_out0,
	inst_cellmath__30_0_in0,
	inst_cellmath__30_0_in1
	); /* architecture "behavioural" */ 
output [9:0] inst_cellmath__30_0_out0;
input [7:0] inst_cellmath__30_0_in0,
	inst_cellmath__30_0_in1;

wire [9:0] inst_cellmath__30_0_out0_tmp_0;
assign inst_cellmath__30_0_out0_tmp_0 = 
	+(inst_cellmath__30_0_in1)
	+(inst_cellmath__30_0_in0);
assign inst_cellmath__30_0_out0 = inst_cellmath__30_0_out0_tmp_0
	-(10'B0001111111);
endmodule

module cynw_cm_float_mul_ieee_inst_cellmath__31_0_bdw2876250654_bdw (
	inst_cellmath__31_0_out0,
	inst_cellmath__31_0_in0
	); /* architecture "behavioural" */ 
output [9:0] inst_cellmath__31_0_out0;
input [9:0] inst_cellmath__31_0_in0;

assign inst_cellmath__31_0_out0 = 
	+(inst_cellmath__31_0_in0)
	+(10'B0000000001);
endmodule

module cynw_cm_float_mul_ieee_inst_cellmath__48_0_bdw2876250654_bdw (
	inst_cellmath__48_0_out0,
	inst_cellmath__48_0_in0,
	inst_cellmath__48_0_in1,
	inst_cellmath__48_0_in2
	); /* architecture "behavioural" */ 
output [9:0] inst_cellmath__48_0_out0;
input  inst_cellmath__48_0_in0;
input [9:0] inst_cellmath__48_0_in1,
	inst_cellmath__48_0_in2;

reg [9:0] inst_cellmath__48_0_out0_tmp_0;
assign inst_cellmath__48_0_out0 = inst_cellmath__48_0_out0_tmp_0;
always @ (inst_cellmath__48_0_in0 or inst_cellmath__48_0_in2 or inst_cellmath__48_0_in1) begin
	case (inst_cellmath__48_0_in0)
		1'B0 : inst_cellmath__48_0_out0_tmp_0 = inst_cellmath__48_0_in2 ;
		default : inst_cellmath__48_0_out0_tmp_0 = inst_cellmath__48_0_in1 ;
	endcase
end
endmodule

module cynw_cm_float_mul_ieee_inst_cellmath__51__49__bdw2876250654_bdw (
	inst_cellmath__51__49__out0,
	inst_cellmath__51__49__in0
	); /* architecture "behavioural" */ 
output [0:0] inst_cellmath__51__49__out0;
input [7:0] inst_cellmath__51__49__in0;

assign inst_cellmath__51__49__out0 = 
	(inst_cellmath__51__49__in0[0])
	&(inst_cellmath__51__49__in0[1])
	&(inst_cellmath__51__49__in0[2])
	&(inst_cellmath__51__49__in0[3])
	&(inst_cellmath__51__49__in0[4])
	&(inst_cellmath__51__49__in0[5])
	&(inst_cellmath__51__49__in0[6])
	&(inst_cellmath__51__49__in0[7]);
endmodule

module cynw_cm_float_mul_ieee_inst_cellmath__51__48__bdw2876250654_bdw (
	inst_cellmath__51__48__out0,
	inst_cellmath__51__48__in0,
	inst_cellmath__51__48__in1
	); /* architecture "behavioural" */ 
output [0:0] inst_cellmath__51__48__out0;
input [0:0] inst_cellmath__51__48__in0;
input [8:8] inst_cellmath__51__48__in1;

assign inst_cellmath__51__48__out0 = 
	(inst_cellmath__51__48__in1)
	|(inst_cellmath__51__48__in0);
endmodule

module cynw_cm_float_mul_ieee_inst_cellmath__51_0_bdw2876250654_bdw (
	inst_cellmath__51_0_out0,
	inst_cellmath__51_0_in0,
	inst_cellmath__51_0_in1
	); /* architecture "behavioural" */ 
output  inst_cellmath__51_0_out0;
input [0:0] inst_cellmath__51_0_in0;
input [9:9] inst_cellmath__51_0_in1;

assign inst_cellmath__51_0_out0 = 
	((~inst_cellmath__51_0_in1))
	&(inst_cellmath__51_0_in0);
endmodule

module cynw_cm_float_mul_ieee_inst_cellmath__28_0_bdw2876250654_bdw (
	inst_cellmath__28_0_out0,
	inst_cellmath__28_0_in0,
	inst_cellmath__28_0_in1
	); /* architecture "behavioural" */ 
output  inst_cellmath__28_0_out0;
input  inst_cellmath__28_0_in0,
	inst_cellmath__28_0_in1;

assign inst_cellmath__28_0_out0 = 
	(inst_cellmath__28_0_in1)
	|(inst_cellmath__28_0_in0);
endmodule

module cynw_cm_float_mul_ieee_inst_cellmath__27_0_bdw2876250654_bdw (
	inst_cellmath__27_0_out0,
	inst_cellmath__27_0_in0,
	inst_cellmath__27_0_in1
	); /* architecture "behavioural" */ 
output  inst_cellmath__27_0_out0;
input  inst_cellmath__27_0_in0,
	inst_cellmath__27_0_in1;

assign inst_cellmath__27_0_out0 = 
	(inst_cellmath__27_0_in1)
	|(inst_cellmath__27_0_in0);
endmodule

module cynw_cm_float_mul_ieee_inst_cellmath__50__50__bdw2876250654_bdw (
	inst_cellmath__50__50__out0,
	inst_cellmath__50__50__in0
	); /* architecture "behavioural" */ 
output [0:0] inst_cellmath__50__50__out0;
input [9:0] inst_cellmath__50__50__in0;

assign inst_cellmath__50__50__out0 = 
	(inst_cellmath__50__50__in0[0])
	|(inst_cellmath__50__50__in0[1])
	|(inst_cellmath__50__50__in0[2])
	|(inst_cellmath__50__50__in0[3])
	|(inst_cellmath__50__50__in0[4])
	|(inst_cellmath__50__50__in0[5])
	|(inst_cellmath__50__50__in0[6])
	|(inst_cellmath__50__50__in0[7])
	|(inst_cellmath__50__50__in0[8])
	|(inst_cellmath__50__50__in0[9]);
endmodule

module cynw_cm_float_mul_ieee_inst_cellmath__49_1_bdw2876250654_bdw (
	inst_cellmath__49_1_out0,
	inst_cellmath__49_1_in0,
	inst_cellmath__49_1_in1,
	inst_cellmath__49_1_in2,
	inst_cellmath__49_1_in3,
	inst_cellmath__49_1_in4,
	inst_cellmath__49_1_in5
	); /* architecture "behavioural" */ 
output  inst_cellmath__49_1_out0;
input  inst_cellmath__49_1_in0;
input [0:0] inst_cellmath__49_1_in1;
input [9:9] inst_cellmath__49_1_in2;
input  inst_cellmath__49_1_in3,
	inst_cellmath__49_1_in4,
	inst_cellmath__49_1_in5;

assign inst_cellmath__49_1_out0 = 
	(inst_cellmath__49_1_in0)
	|(inst_cellmath__49_1_in3)
	|(inst_cellmath__49_1_in5)
	|(inst_cellmath__49_1_in4)
	|(inst_cellmath__49_1_in2)
	|((~inst_cellmath__49_1_in1));
endmodule

module cynw_cm_float_mul_ieee_inst_cellmath__37__43__bdw2876250654_bdw (
	inst_cellmath__37__43__out0,
	inst_cellmath__37__43__in0,
	inst_cellmath__37__43__in1
	); /* architecture "behavioural" */ 
output [0:0] inst_cellmath__37__43__out0;
input  inst_cellmath__37__43__in0,
	inst_cellmath__37__43__in1;

assign inst_cellmath__37__43__out0 = 
	(inst_cellmath__37__43__in1)
	|(inst_cellmath__37__43__in0);
endmodule

module cynw_cm_float_mul_ieee_inst_cellmath__32__11__bdw2876250654_bdw (
	inst_cellmath__32__11__out0,
	inst_cellmath__32__11__in0
	); /* architecture "behavioural" */ 
output [0:0] inst_cellmath__32__11__out0;
input [8:7] inst_cellmath__32__11__in0;

assign inst_cellmath__32__11__out0 = 
	(inst_cellmath__32__11__in0[7])
	|(inst_cellmath__32__11__in0[8]);
endmodule

module cynw_cm_float_mul_ieee_inst_cellmath__32__10__bdw2876250654_bdw (
	inst_cellmath__32__10__out0,
	inst_cellmath__32__10__in0,
	inst_cellmath__32__10__in1
	); /* architecture "behavioural" */ 
output  inst_cellmath__32__10__out0;
input [0:0] inst_cellmath__32__10__in0;
input [9:9] inst_cellmath__32__10__in1;

assign inst_cellmath__32__10__out0 = ~(
	((~inst_cellmath__32__10__in1))
	&(inst_cellmath__32__10__in0));
endmodule

module cynw_cm_float_mul_ieee_inst_cellmath__37__42__bdw2876250654_bdw (
	inst_cellmath__37__42__out0,
	inst_cellmath__37__42__in0,
	inst_cellmath__37__42__in1
	); /* architecture "behavioural" */ 
output [0:0] inst_cellmath__37__42__out0;
input  inst_cellmath__37__42__in0,
	inst_cellmath__37__42__in1;

assign inst_cellmath__37__42__out0 = 
	(inst_cellmath__37__42__in1)
	|(inst_cellmath__37__42__in0);
endmodule

module cynw_cm_float_mul_ieee_inst_cellmath__7_0_bdw2876250654_bdw (
	inst_cellmath__7_0_out0,
	inst_cellmath__7_0_in0
	); /* architecture "behavioural" */ 
output  inst_cellmath__7_0_out0;
input [2:0] inst_cellmath__7_0_in0;

assign inst_cellmath__7_0_out0 = (7'B0000010==(inst_cellmath__7_0_in0 - 7'B0000001));
endmodule

module cynw_cm_float_mul_ieee_inst_cellmath__42_0_bdw2876250654_bdw (
	inst_cellmath__42_0_out0,
	inst_cellmath__42_0_in0,
	inst_cellmath__42_0_in1,
	inst_cellmath__42_0_in2,
	inst_cellmath__42_0_in3
	); /* architecture "behavioural" */ 
output  inst_cellmath__42_0_out0;
input  inst_cellmath__42_0_in0,
	inst_cellmath__42_0_in1,
	inst_cellmath__42_0_in2,
	inst_cellmath__42_0_in3;
wire [1:0] inst_cellmath__5_0;

assign inst_cellmath__5_0 = {inst_cellmath__42_0_in2,inst_cellmath__42_0_in1};

reg [0:0] inst_cellmath__42_0_out0_tmp_0;
assign inst_cellmath__42_0_out0 = inst_cellmath__42_0_out0_tmp_0;
always @ (inst_cellmath__5_0 or inst_cellmath__42_0_in0 or inst_cellmath__42_0_in3) begin
	casez (inst_cellmath__5_0)
		2'B00 : inst_cellmath__42_0_out0_tmp_0 = ~inst_cellmath__42_0_in0 ;
		2'B01 : inst_cellmath__42_0_out0_tmp_0 = inst_cellmath__42_0_in3 ;
		default : inst_cellmath__42_0_out0_tmp_0 = ~inst_cellmath__42_0_in3 ;
	endcase
end
endmodule

module cynw_cm_float_mul_ieee_inst_cellmath__52_0_bdw2876250654_bdw (
	inst_cellmath__52_0_out0,
	inst_cellmath__52_0_in0,
	inst_cellmath__52_0_in1,
	inst_cellmath__52_0_in2,
	inst_cellmath__52_0_in3,
	inst_cellmath__52_0_in4
	); /* architecture "behavioural" */ 
output [7:0] inst_cellmath__52_0_out0;
input  inst_cellmath__52_0_in0;
input [7:0] inst_cellmath__52_0_in1;
input  inst_cellmath__52_0_in2;
input [0:0] inst_cellmath__52_0_in3,
	inst_cellmath__52_0_in4;
wire [2:0] inst_cellmath__49_0;
wire [8:0] inst_cellmath__37__40;

assign inst_cellmath__49_0 = {inst_cellmath__52_0_in0,inst_cellmath__52_0_in3,inst_cellmath__52_0_in4};

assign inst_cellmath__37__40[7:0] = {7'B1111111,inst_cellmath__52_0_in2};

reg [7:0] inst_cellmath__52_0_out0_tmp_0;
assign inst_cellmath__52_0_out0 = inst_cellmath__52_0_out0_tmp_0;
always @ (inst_cellmath__49_0 or inst_cellmath__52_0_in1 or inst_cellmath__37__40[7:0]) begin
	casez (inst_cellmath__49_0)
		3'B0?? : inst_cellmath__52_0_out0_tmp_0 = inst_cellmath__52_0_in1 ;
		3'B100 : inst_cellmath__52_0_out0_tmp_0 = inst_cellmath__37__40[7:0] ;
		3'B11? : inst_cellmath__52_0_out0_tmp_0 = 8'B11111111 ;
		default : inst_cellmath__52_0_out0_tmp_0 = {8{1'b0}} ;
	endcase
end
endmodule

module cynw_cm_float_mul_ieee_inst_cellmath__47_0_bdw2876250654_bdw (
	inst_cellmath__47_0_out0,
	inst_cellmath__47_0_in0,
	inst_cellmath__47_0_in1,
	inst_cellmath__47_0_in2,
	inst_cellmath__47_0_in3,
	inst_cellmath__47_0_in4
	); /* architecture "behavioural" */ 
output  inst_cellmath__47_0_out0;
input  inst_cellmath__47_0_in0,
	inst_cellmath__47_0_in1,
	inst_cellmath__47_0_in2,
	inst_cellmath__47_0_in3,
	inst_cellmath__47_0_in4;

assign inst_cellmath__47_0_out0 = 
	((~inst_cellmath__47_0_in0))
	&((~inst_cellmath__47_0_in1))
	&((~inst_cellmath__47_0_in2))
	&((~inst_cellmath__47_0_in4))
	&((~inst_cellmath__47_0_in3));
endmodule

module cynw_cm_float_mul_ieee_inst_cellmath__53_U_bdw2876250654_bdw (
	inst_cellmath__53_U_out0,
	inst_cellmath__53_U_in0,
	inst_cellmath__53_U_in1,
	inst_cellmath__53_U_in2,
	inst_cellmath__53_U_in3,
	inst_cellmath__53_U_in4,
	inst_cellmath__53_U_in5
	); /* architecture "behavioural" */ 
output [22:22] inst_cellmath__53_U_out0;
input  inst_cellmath__53_U_in0,
	inst_cellmath__53_U_in1;
input [22:22] inst_cellmath__53_U_in2;
input  inst_cellmath__53_U_in3,
	inst_cellmath__53_U_in4;
input [46:46] inst_cellmath__53_U_in5;
wire [2:0] inst_cellmath__49_1_1;

assign inst_cellmath__49_1_1 = {inst_cellmath__53_U_in0,inst_cellmath__53_U_in3,inst_cellmath__53_U_in4};

reg [0:0] inst_cellmath__53_U_out0_tmp_0;
assign inst_cellmath__53_U_out0 = inst_cellmath__53_U_out0_tmp_0;
always @ (inst_cellmath__49_1_1 or inst_cellmath__53_U_in5 or inst_cellmath__53_U_in2 or inst_cellmath__53_U_in1) begin
	casez (inst_cellmath__49_1_1)
		3'B00? : inst_cellmath__53_U_out0_tmp_0 = inst_cellmath__53_U_in5 ;
		3'B01? : inst_cellmath__53_U_out0_tmp_0 = inst_cellmath__53_U_in2 ;
		3'B1?0 : inst_cellmath__53_U_out0_tmp_0 = inst_cellmath__53_U_in1 ;
		default : inst_cellmath__53_U_out0_tmp_0 = 1'B1 ;
	endcase
end
endmodule

module cynw_cm_float_mul_ieee_inst_cellmath__53_M_bdw2876250654_bdw (
	inst_cellmath__53_M_out0,
	inst_cellmath__53_M_in0,
	inst_cellmath__53_M_in1,
	inst_cellmath__53_M_in2,
	inst_cellmath__53_M_in3,
	inst_cellmath__53_M_in4,
	inst_cellmath__53_M_in5,
	inst_cellmath__53_M_in6,
	inst_cellmath__53_M_in7,
	inst_cellmath__53_M_in8,
	inst_cellmath__53_M_in9
	); /* architecture "behavioural" */ 
output [21:0] inst_cellmath__53_M_out0;
input  inst_cellmath__53_M_in0,
	inst_cellmath__53_M_in1;
input [21:0] inst_cellmath__53_M_in2;
input  inst_cellmath__53_M_in3,
	inst_cellmath__53_M_in4;
input [45:24] inst_cellmath__53_M_in5;
input  inst_cellmath__53_M_in6,
	inst_cellmath__53_M_in7;
input [21:0] inst_cellmath__53_M_in8,
	inst_cellmath__53_M_in9;
wire [4:0] inst_cellmath__49_1_0;

assign inst_cellmath__49_1_0 = {inst_cellmath__53_M_in0,inst_cellmath__53_M_in3,inst_cellmath__53_M_in4,inst_cellmath__53_M_in7,inst_cellmath__53_M_in6};

reg [21:0] inst_cellmath__53_M_out0_tmp_0;
assign inst_cellmath__53_M_out0 = inst_cellmath__53_M_out0_tmp_0;
always @ (inst_cellmath__49_1_0 or inst_cellmath__53_M_in5 or inst_cellmath__53_M_in2 or inst_cellmath__53_M_in1 or inst_cellmath__53_M_in8 or inst_cellmath__53_M_in9) begin
	casez (inst_cellmath__49_1_0)
		5'B00??? : inst_cellmath__53_M_out0_tmp_0 = inst_cellmath__53_M_in5 ;
		5'B01??? : inst_cellmath__53_M_out0_tmp_0 = inst_cellmath__53_M_in2 ;
		5'B1?0?? : inst_cellmath__53_M_out0_tmp_0 = {{21{inst_cellmath__53_M_in1}}, inst_cellmath__53_M_in1} ;
		5'B1?101 : inst_cellmath__53_M_out0_tmp_0 = inst_cellmath__53_M_in8 ;
		5'B1?11? : inst_cellmath__53_M_out0_tmp_0 = inst_cellmath__53_M_in9 ;
		default : inst_cellmath__53_M_out0_tmp_0 = {22{1'b0}} ;
	endcase
end
endmodule

/* CADENCE  v7nzTwvfog== : u9/ySgnWtBlWxVPRXgAZ4Og= ** DO NOT EDIT THIS LINE **/